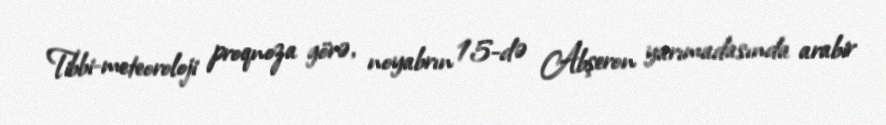
Tibbi-meteoroloji proqnoza görə, noyabrın 15-də Abşeron yarımadasında arabir